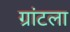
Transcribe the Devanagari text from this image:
ग्रांटला